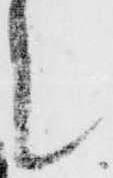
候